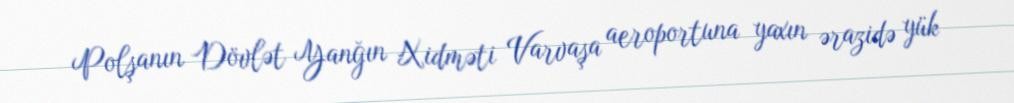
Polşanın Dövlət Yanğın Xidməti Varvaşa aeroportuna yaxın ərazidə yük